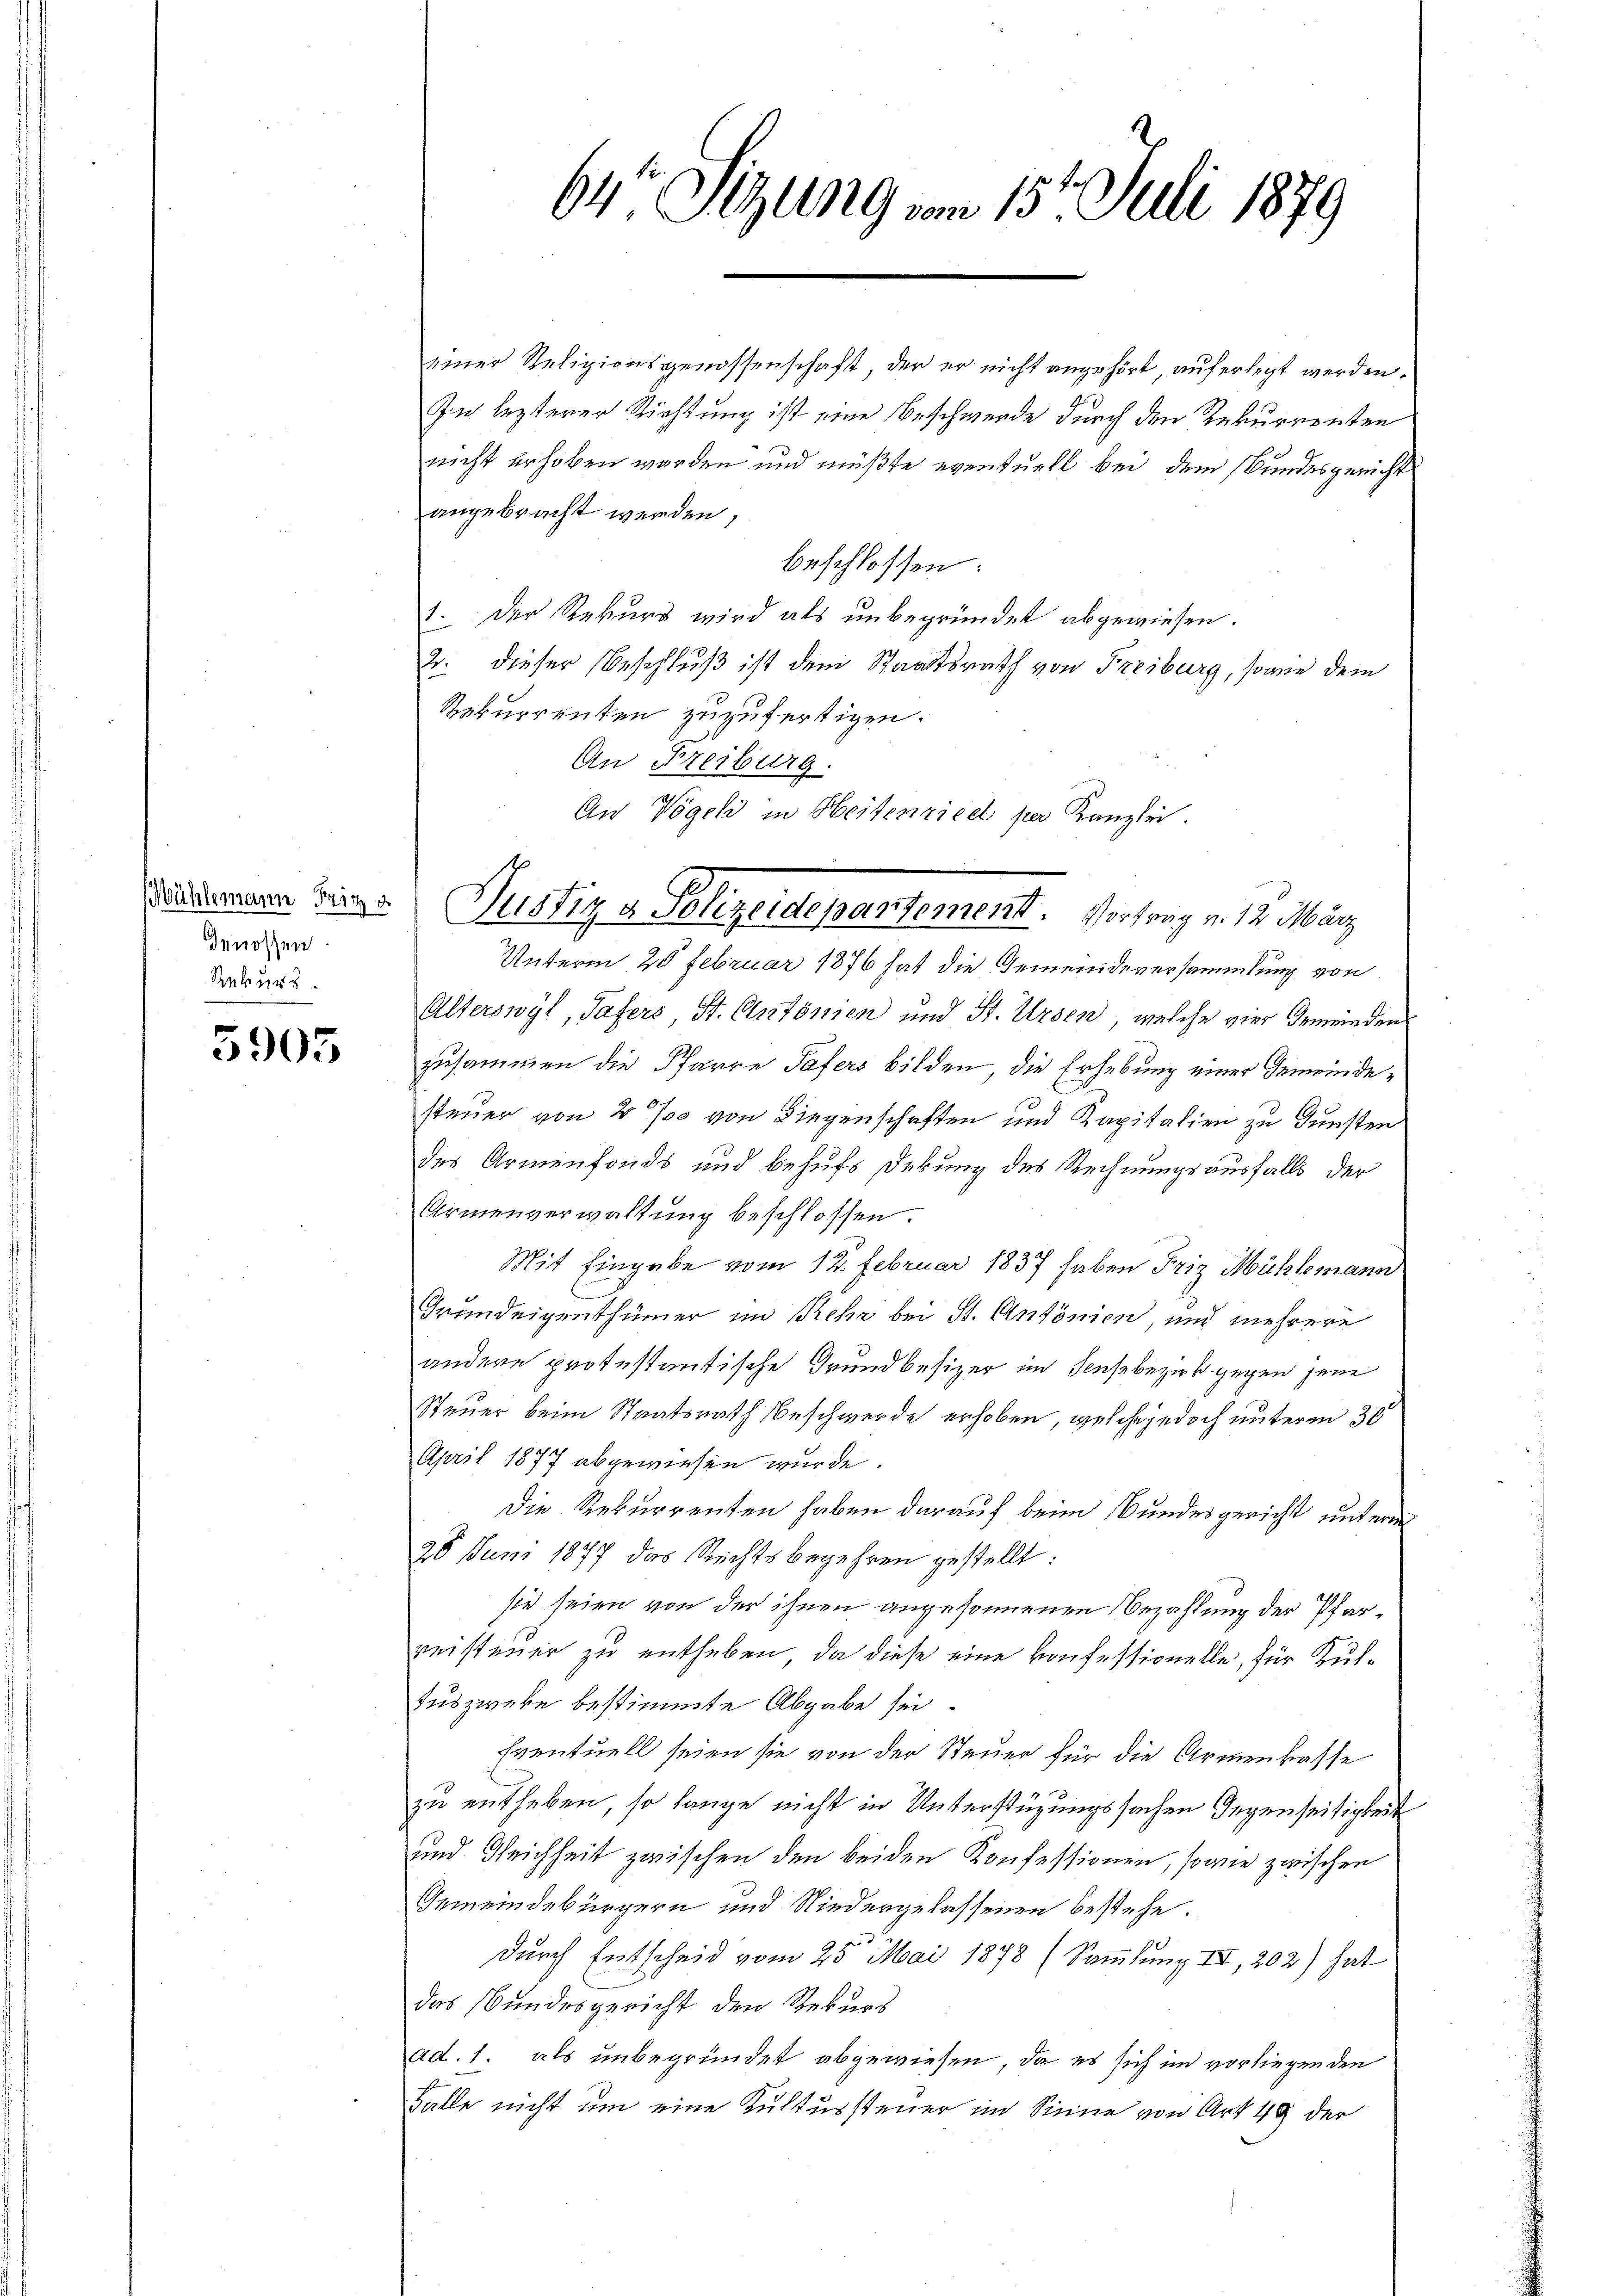
Mühlemann Fritz u.
Genossen.
Rekurs

3905

64te Sitzung vom 15t Juli 1879

einer Religionsgenossenschaft, der er nicht angehört, auferlegt werden.
In lezterer Richtung ist eine Beschwerde durch den Rekurrenten
nicht erhoben worden und müßte eventuell bei dem Bundesgericht
angebracht werden,
beschlossen:
1. Der Rekurs wird als unbegründet abgewiesen.
2. dieser Beschluß ist dem Staatsrath von Freiburg, sowie dem
Rekurrenten zuzufertigen.
An Freiburg.
Unterm 25 Februar 1876 hat die Gemeindeversammlung von
Alterswyl, Hafers, St. Antonien und St. Ursen, welche vier Gemeinden
zusammen die Pfarre Tafers bilden, die Erhebung einer Gemeindesteuer von 4 ‰ von Liegenschaften und Kapitalien zu Gunsten
des Armenfonds und behufs Dekung des Rechnungsausfalls der
Armenverwaltung beschlossen.
Mit Eingabe vom 12. Februar 1837 haben Friz Mühlemann
Grundeigenthümer im Behr bei St. Antonien, und mehrere
andere protestantische Grundbesizer im Seesebezirk gegen jene
Steuer beim Staatsrath Beschwerde erhoben, welche jedoch unterm 30
April 1877 abgewiesen wurde.
Die Rekurrenten haben darauf beim Bundesgericht unterm
28 Juni 1877 das Rechtsbegehren gestellt:
sie seien von der ihnen angesonnenen Bezahlung der Pfarreisteuer zu entheben, da diese eine konfessionelle, für Kul¬
Iuszwecke bestimmte Abgabe sei.
Eventuell seien sie von der Steuer für die Armenkasse
zu entheben, so lange nicht in Unterstüzungssachen Gegenseitigkeit
und Reichheit zwischen den beiden Konfessionen, sowie zwischen
Gemeindebürgern und Niedergelassenen bestehe.
durch Entscheid vom 25. Mai 1878 (Sammlung III, 202) hat
das Bundesgericht den Rekurs
ad. 1. als unbegründet abgewiesen, da es sich im vorliegen den
Falle nicht um eine Kultursteuer im Sinne von Art. 49 der

An Vögel in Heitenried per Kanzlei.
Justiz a Polizeidepartement. Vortrag v. 12. März